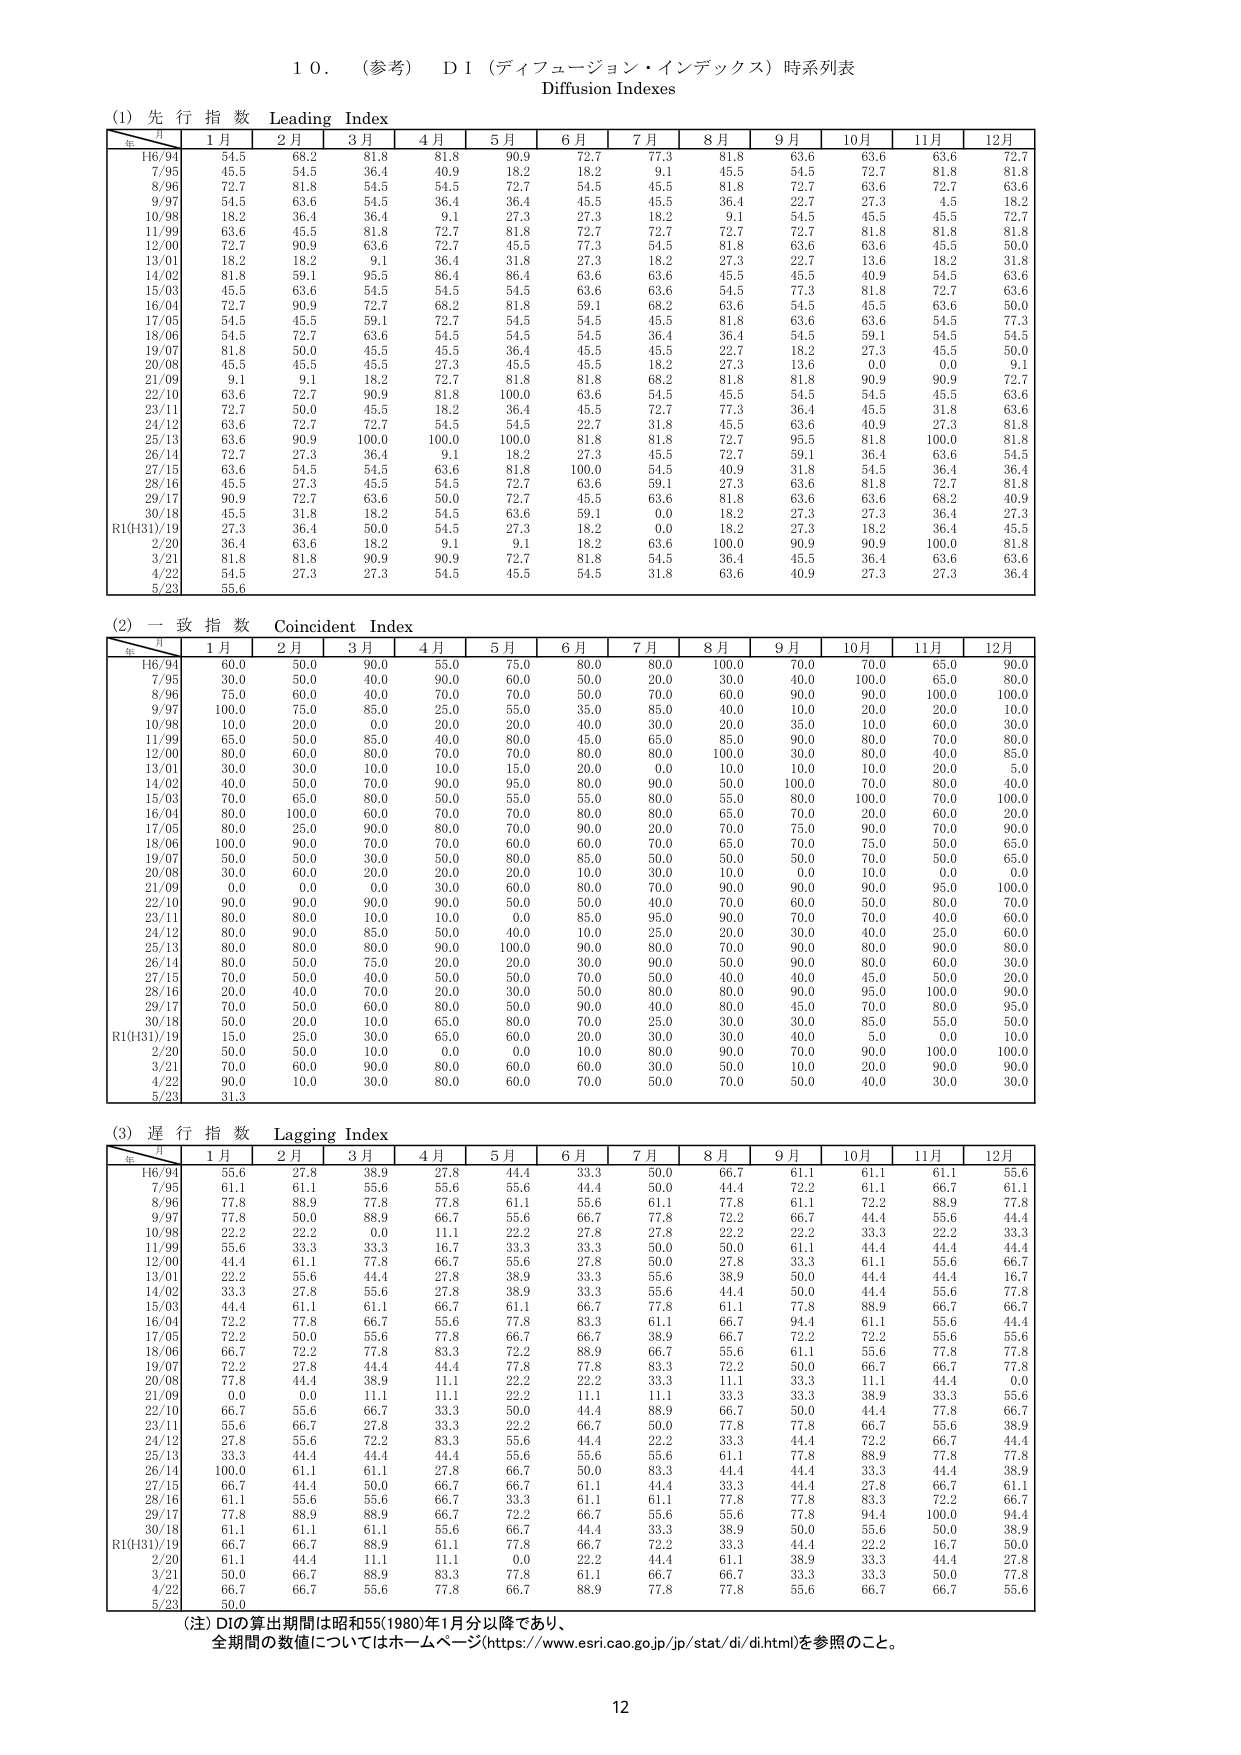
10. (参考) DI (ディフュージョン・インデックス) 時系列表
Diffusion Indexes

(1) 先行指数 Leading Index
年 月 1月 2月 3月 4月 5月 6月 7月 8月 9月 10月 11月 12月
H6/94 54.5 68.2 81.8 81.8 90.9 72.7 77.3 81.8 63.6 63.6 63.6 72.7
7/95 45.5 54.5 36.4 40.9 18.2 18.2 9.1 45.5 54.5 72.7 81.8 81.8
8/96 72.7 81.8 54.5 54.5 72.7 54.5 45.5 81.8 72.7 63.6 72.7 63.6
9/97 54.5 63.6 54.5 36.4 36.4 45.5 45.5 36.4 22.7 27.3 4.5 18.2
10/98 18.2 36.4 36.4 9.1 27.3 27.3 18.2 9.1 54.5 45.5 45.5 72.7
11/99 63.6 45.5 81.8 72.7 81.8 72.7 72.7 72.7 72.7 81.8 81.8 81.8
12/00 72.7 90.9 63.6 72.7 45.5 77.3 54.5 81.8 63.6 63.6 45.5 50.0
13/01 18.2 18.2 9.1 36.4 31.8 27.3 18.2 27.3 22.7 13.6 18.2 31.8
14/02 81.8 59.1 95.5 86.4 86.4 63.6 63.6 45.5 45.5 40.9 54.5 63.6
15/03 45.5 63.6 54.5 54.5 54.5 63.6 63.6 54.5 77.3 81.8 72.7 63.6
16/04 72.7 90.9 72.7 68.2 81.8 59.1 68.2 63.6 54.5 45.5 63.6 50.0
17/05 54.5 45.5 59.1 72.7 54.5 54.5 45.5 81.8 63.6 63.6 54.5 77.3
18/06 54.5 72.7 63.6 54.5 54.5 54.5 36.4 36.4 54.5 59.1 54.5 54.5
19/07 81.8 50.0 45.5 45.5 36.4 45.5 45.5 22.7 18.2 27.3 45.5 50.0
20/08 45.5 45.5 45.5 27.3 45.5 45.5 18.2 27.3 13.6 0.0 0.0 9.1
21/09 9.1 9.1 18.2 72.7 81.8 81.8 68.2 81.8 81.8 90.9 90.9 72.7
22/10 63.6 72.7 90.9 81.8 100.0 63.6 54.5 45.5 54.5 54.5 45.5 63.6
23/11 72.7 50.0 45.5 18.2 36.4 45.5 72.7 77.3 36.4 45.5 31.8 63.6
24/12 63.6 72.7 72.7 54.5 54.5 22.7 31.8 45.5 63.6 40.9 27.3 81.8
25/13 63.6 90.9 100.0 100.0 100.0 81.8 81.8 72.7 95.5 81.8 100.0 81.8
26/14 72.7 27.3 36.4 9.1 18.2 27.3 45.5 72.7 59.1 36.4 63.6 54.5
27/15 63.6 54.5 54.5 63.6 81.8 100.0 54.5 40.9 31.8 54.5 36.4 36.4
28/16 45.5 27.3 45.5 54.5 72.7 63.6 59.1 27.3 63.6 81.8 72.7 81.8
29/17 90.9 72.7 63.6 50.0 72.7 45.5 63.6 81.8 63.6 63.6 68.2 40.9
30/18 45.5 31.8 18.2 54.5 63.6 59.1 0.0 18.2 27.3 27.3 36.4 27.3
R1(H31)/19 27.3 36.4 50.0 54.5 27.3 18.2 0.0 18.2 27.3 18.2 36.4 45.5
2/20 36.4 63.6 18.2 9.1 9.1 18.2 63.6 100.0 90.9 90.9 100.0 81.8
3/21 81.8 81.8 90.9 90.9 72.7 81.8 54.5 36.4 45.5 36.4 63.6 63.6
4/22 54.5 27.3 27.3 54.5 45.5 54.5 31.8 63.6 40.9 27.3 27.3 36.4
5/23 55.6

(2) 一致指数 Coincident Index
年 月 1月 2月 3月 4月 5月 6月 7月 8月 9月 10月 11月 12月
H6/94 60.0 50.0 90.0 55.0 75.0 80.0 80.0 100.0 70.0 70.0 65.0 90.0
7/95 30.0 50.0 40.0 90.0 60.0 50.0 20.0 30.0 40.0 100.0 65.0 80.0
8/96 75.0 60.0 40.0 70.0 70.0 50.0 70.0 60.0 90.0 90.0 100.0 100.0
9/97 100.0 75.0 85.0 25.0 55.0 35.0 85.0 40.0 10.0 20.0 20.0 10.0
10/98 10.0 20.0 0.0 20.0 20.0 40.0 30.0 20.0 35.0 10.0 60.0 30.0
11/99 65.0 50.0 85.0 40.0 80.0 45.0 65.0 85.0 90.0 80.0 70.0 80.0
12/00 80.0 60.0 80.0 70.0 70.0 80.0 80.0 100.0 30.0 80.0 40.0 85.0
13/01 30.0 30.0 10.0 10.0 15.0 20.0 0.0 10.0 10.0 10.0 20.0 5.0
14/02 40.0 50.0 70.0 90.0 95.0 80.0 90.0 50.0 100.0 70.0 80.0 40.0
15/03 70.0 65.0 80.0 50.0 55.0 55.0 80.0 55.0 80.0 100.0 70.0 100.0
16/04 100.0 60.0 60.0 70.0 70.0 80.0 80.0 65.0 70.0 20.0 60.0 20.0
17/05 80.0 25.0 90.0 80.0 70.0 90.0 20.0 90.0 75.0 90.0 70.0 90.0
18/06 100.0 90.0 70.0 70.0 60.0 60.0 70.0 65.0 70.0 75.0 50.0 65.0
19/07 50.0 50.0 30.0 50.0 80.0 85.0 50.0 50.0 50.0 70.0 50.0 65.0
20/08 30.0 60.0 20.0 20.0 20.0 10.0 30.0 10.0 0.0 10.0 0.0 0.0
21/09 0.0 0.0 0.0 30.0 60.0 80.0 70.0 90.0 90.0 90.0 95.0 100.0
22/10 90.0 90.0 90.0 90.0 50.0 50.0 40.0 70.0 60.0 50.0 80.0 70.0
23/11 80.0 80.0 10.0 10.0 0.0 85.0 95.0 90.0 70.0 70.0 40.0 60.0
24/12 80.0 90.0 85.0 50.0 40.0 10.0 25.0 20.0 30.0 40.0 25.0 60.0
25/13 80.0 80.0 80.0 90.0 100.0 90.0 80.0 70.0 90.0 80.0 90.0 80.0
26/14 80.0 50.0 75.0 20.0 20.0 30.0 90.0 50.0 90.0 80.0 60.0 30.0
27/15 70.0 50.0 40.0 50.0 50.0 70.0 50.0 40.0 40.0 45.0 50.0 20.0
28/16 20.0 40.0 70.0 20.0 30.0 50.0 80.0 80.0 90.0 95.0 100.0 90.0
29/17 70.0 50.0 60.0 80.0 50.0 90.0 40.0 80.0 45.0 70.0 80.0 95.0
30/18 50.0 10.0 20.0 65.0 80.0 70.0 25.0 30.0 30.0 85.0 50.0 50.0
R1(H31)/19 15.0 25.0 30.0 65.0 60.0 20.0 30.0 40.0 40.0 5.0 0.0 10.0
2/20 50.0 50.0 10.0 0.0 0.0 10.0 80.0 90.0 70.0 90.0 100.0 100.0
3/21 70.0 60.0 90.0 80.0 60.0 60.0 30.0 50.0 10.0 20.0 90.0 90.0
4/22 90.0 10.0 30.0 80.0 60.0 70.0 50.0 70.0 50.0 40.0 30.0 30.0
5/23 31.3

(3) 遅行指数 Lagging Index
年 月 1月 2月 3月 4月 5月 6月 7月 8月 9月 10月 11月 12月
H6/94 55.6 27.8 38.9 27.8 44.4 33.3 50.0 66.7 61.1 61.1 61.1 55.6
7/95 61.1 61.1 55.6 55.6 55.6 44.4 50.0 44.4 72.2 61.1 66.7 61.1
8/96 77.8 88.9 77.8 77.8 61.1 55.6 61.1 77.8 61.1 72.2 88.9 77.8
9/97 77.8 50.0 88.9 66.7 55.6 66.7 77.8 72.2 66.7 44.4 55.6 44.4
10/98 22.2 22.2 0.0 11.1 22.2 27.8 27.8 22.2 22.2 33.3 22.2 33.3
11/99 55.6 33.3 33.3 16.7 33.3 33.3 50.0 50.0 61.1 44.4 44.4 44.4
12/00 44.4 61.1 77.8 66.7 55.6 27.8 50.0 27.8 33.3 61.1 55.6 66.7
13/01 22.2 55.6 44.4 27.8 38.9 33.3 55.6 38.9 50.0 44.4 44.4 16.7
14/02 33.3 55.6 27.8 27.8 38.9 33.3 55.6 44.4 50.0 44.4 55.6 77.8
15/03 44.4 61.1 61.1 66.7 61.1 66.7 77.8 61.1 77.8 88.9 66.7 66.7
16/04 72.2 77.8 66.7 55.6 77.8 83.3 61.1 66.7 94.4 61.1 55.6 44.4
17/05 72.2 50.0 55.6 77.8 66.7 66.7 38.9 66.7 72.2 72.2 55.6 55.6
18/06 66.7 72.2 77.8 83.3 72.2 88.9 66.7 55.6 61.1 55.6 77.8 77.8
19/07 72.2 27.8 44.4 44.4 77.8 77.8 83.3 72.2 50.0 66.7 66.7 77.8
20/08 77.8 44.4 38.9 11.1 22.2 22.2 33.3 11.1 33.3 11.1 44.4 0.0
21/09 0.0 0.0 11.1 11.1 22.2 11.1 11.1 33.3 33.3 38.9 33.3 55.6
22/10 66.7 55.6 66.7 33.3 50.0 44.4 88.9 66.7 50.0 44.4 77.8 66.7
23/11 55.6 66.7 27.8 33.3 22.2 66.7 50.0 77.8 77.8 66.7 55.6 38.9
24/12 27.8 55.6 72.2 83.3 55.6 44.4 22.2 33.3 44.4 72.2 66.7 44.4
25/13 33.3 44.4 44.4 44.4 55.6 55.6 55.6 61.1 77.8 88.9 77.8 77.8
26/14 100.0 61.1 61.1 27.8 66.7 50.0 83.3 44.4 44.4 33.3 44.4 38.9
27/15 66.7 44.4 50.0 66.7 66.7 61.1 44.4 33.3 44.4 27.8 66.7 61.1
28/16 61.1 55.6 55.6 66.7 33.3 61.1 61.1 77.8 77.8 83.3 72.2 66.7
29/17 77.8 88.9 66.7 72.2 72.2 66.7 55.6 55.6 77.8 94.4 100.0 94.4
30/18 61.1 61.1 61.1 55.6 66.7 44.4 33.3 38.9 50.0 55.6 50.0 38.9
R1(H31)/19 66.7 66.7 88.9 61.1 77.8 66.7 72.2 33.3 44.4 22.2 16.7 50.0
2/20 61.1 44.4 11.1 11.1 0.0 22.2 44.4 61.1 38.9 33.3 44.4 27.8
3/21 50.0 66.7 88.9 83.3 77.8 61.1 66.7 66.7 33.3 33.3 50.0 77.8
4/22 66.7 66.7 55.6 77.8 66.7 88.9 77.8 77.8 55.6 66.7 66.7 55.6
5/23 50.0

(注) DIの算出期間は昭和55(1980)年1月分以降であり、
全期間の数値についてはホームページ(https://www.esri.cao.go.jp/jp/stat/di/di.html)を参照のこと。

12